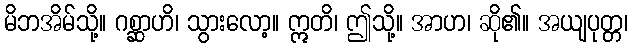
မိဘအိမ်သို့။ ဂစ္ဆာဟိ၊ သွားလော့။ ဣတိ၊ ဤသို့။ အာဟ၊ ဆို၏။ အယျပုတ္တ၊